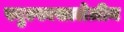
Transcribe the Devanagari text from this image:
स्युल्फासालेज़ीन